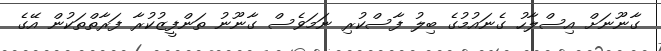
ގާނޫނަށް އިސްލާހު ގެނައުމުގެ ބިލު ފާސްކުރި ނަމަވެސް ގާނޫނު ތަންފީޒުކުރާ ފަރާތްތަކުން އޭގެ